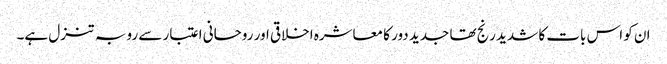
ان کو اس بات کا شدید رنج تھا جدید دور کا معاشرہ اخلاقی اور روحانی اعتبار سے رو بہ تنزل ہے۔